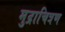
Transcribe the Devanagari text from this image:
मुद्राचित्रण